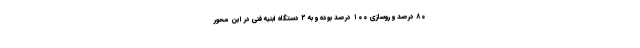
۸۰ درصد و روسازی ۱۰۰ درصد بوده و به ۲ دستگاه ابنیه فنی در این محور